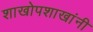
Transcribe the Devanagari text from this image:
शाखोपशाखांनी